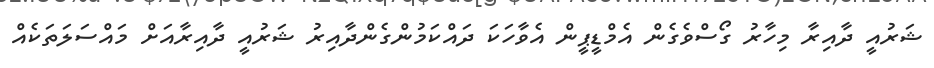
ޝަރުއީ ދާއިރާ މިހާރު ގޯސްވެގެން އެމްޑީޕީން އެވާހަކަ ދައްކަމުންގެންދާއިރު ޝަރުއީ ދާއިރާއަށް މައްސަލަތަކެއް